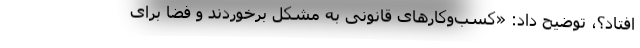
افتاد؟، توضیح داد: «کسب‌وکارهای قانونی به مشکل برخوردند و فضا برای